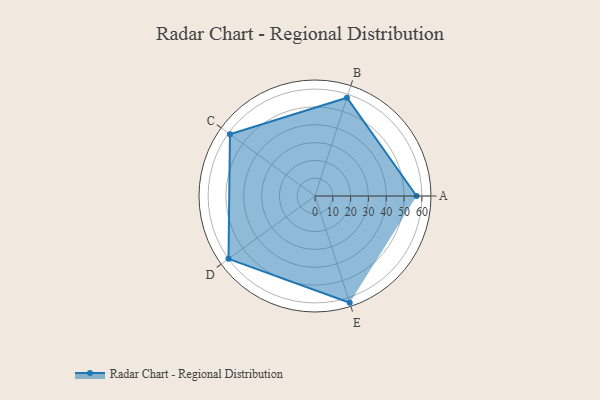
{"axis": {"x": "Skill", "y": "Score"}, "legend": ["Profile"], "data": [{"x": "A", "y": 57.0, "type": "Profile"}, {"x": "B", "y": 58.0, "type": "Profile"}, {"x": "C", "y": 59.0, "type": "Profile"}, {"x": "D", "y": 60.0, "type": "Profile"}, {"x": "E", "y": 63.0, "type": "Profile"}]}